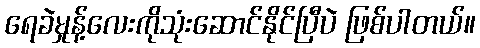
ရေခဲမှုန့်လေးကိုသုံးဆောင်နိုင်ပြီပဲ ဖြစ်ပါတယ်။